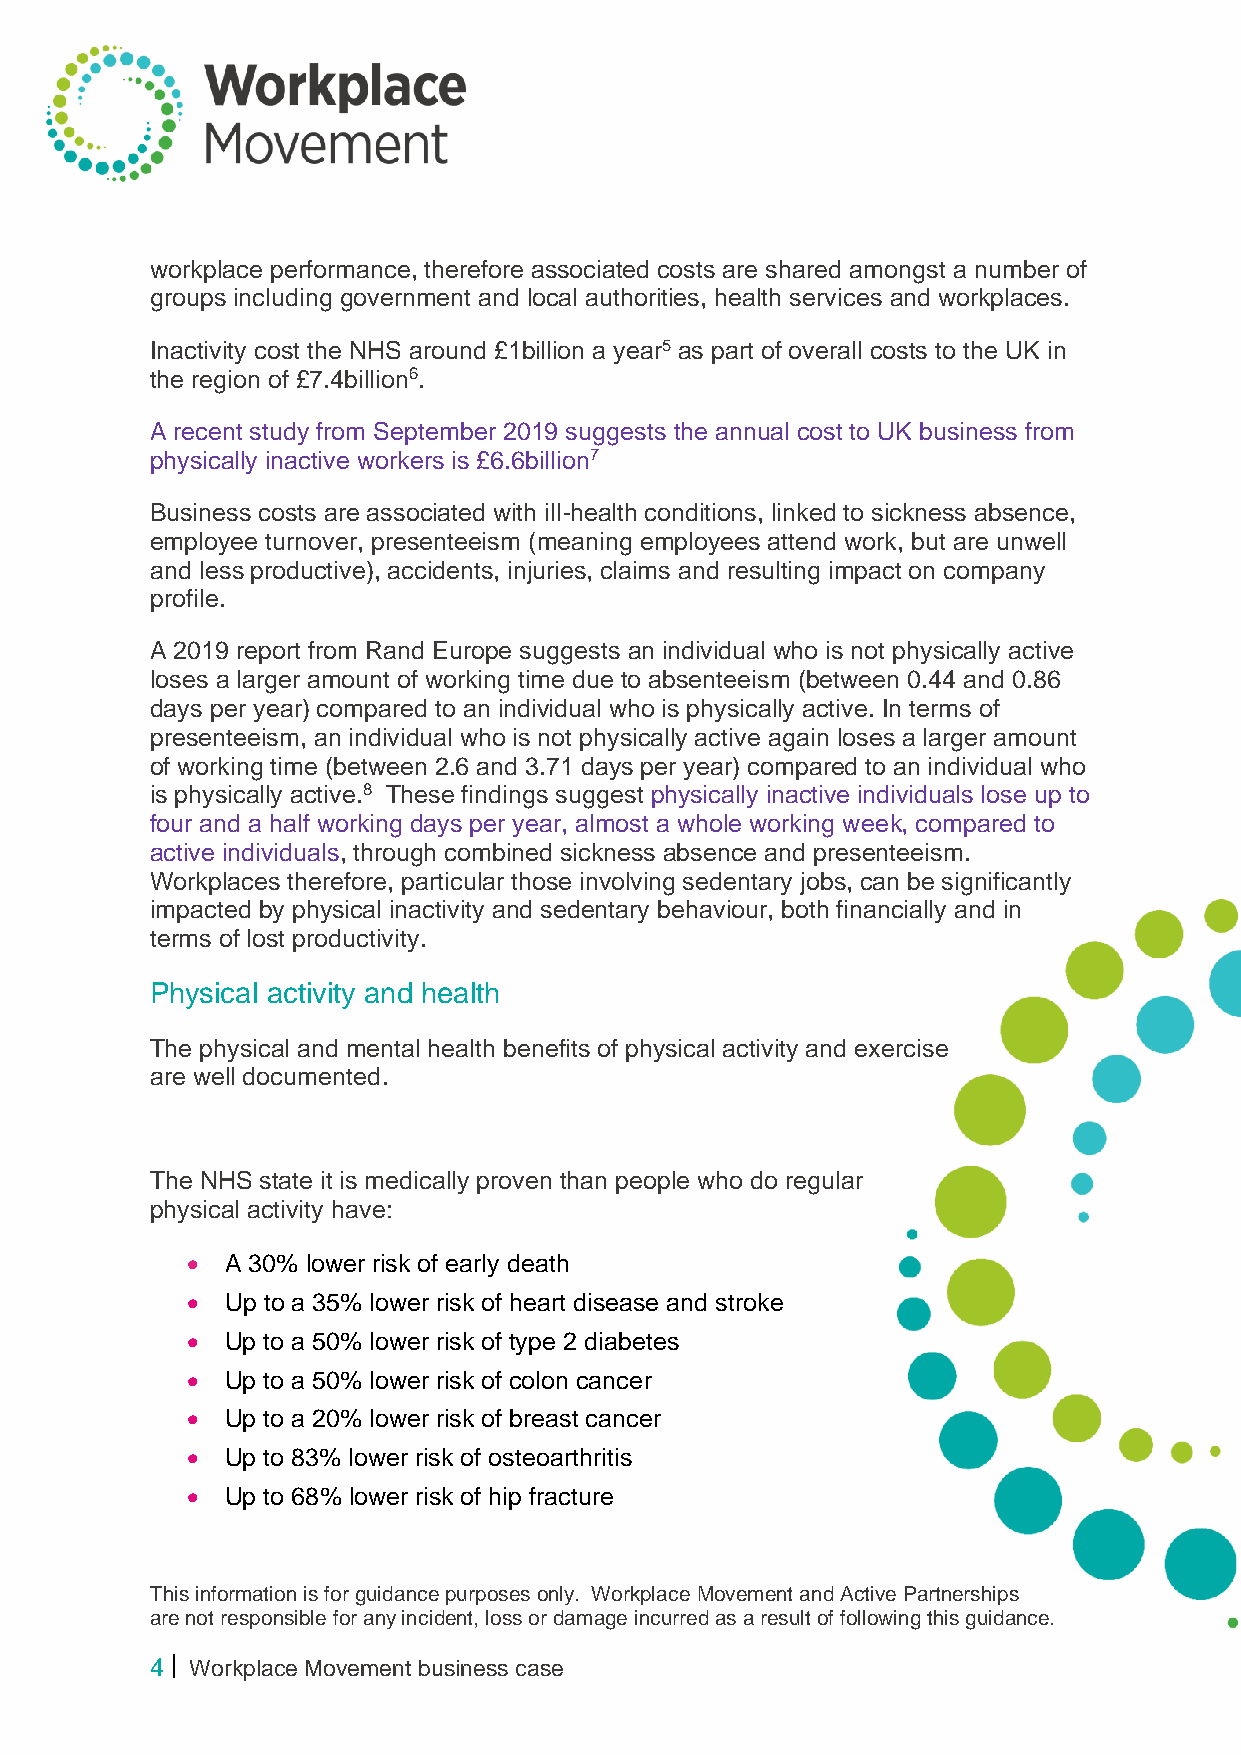
workplace performance, therefore associated costs are shared amongst a number of
 groups including government and local authorities, health services and workplaces.
 Inactivity cost the NHS around £1billion a year5 as part of overall costs to the UK in
 the region of £7.4billion6.
 A recent study from September 2019 suggests the annual cost to UK business from
 physically inactive workers is £6.6billion7
 Business costs are associated with ill-health conditions, linked to sickness absence,
 employee turnover, presenteeism (meaning employees attend work, but are unwell
 and less productive), accidents, injuries, claims and resulting impact on company
 profile.
 A 2019 report from Rand Europe suggests an individual who is not physically active
 loses a larger amount of working time due to absenteeism (between 0.44 and 0.86
 days per year) compared to an individual who is physically active. In terms of
 presenteeism, an individual who is not physically active again loses a larger amount
 of working time (between 2.6 and 3.71 days per year) compared to an individual who
 is physically active.8 These findings suggest physically inactive individuals lose up to
 four and a half working days per year, almost a whole working week, compared to
 active individuals, through combined sickness absence and presenteeism.
 Workplaces therefore, particular those involving sedentary jobs, can be significantly
 impacted by physical inactivity and sedentary behaviour, both financially and in
 terms of lost productivity.
 Physical activity and health
 The physical and mental health benefits of physical activity and exercise
 are well documented.
 The NHS state it is medically proven than people who do regular
 physical activity have:
 •  A 30% lower risk of early death
 •  Up to a 35% lower risk of heart disease and stroke
 •  Up to a 50% lower risk of type 2 diabetes
 •  Up to a 50% lower risk of colon cancer
 •  Up to a 20% lower risk of breast cancer
 •  Up to 83% lower risk of osteoarthritis
 •  Up to 68% lower risk of hip fracture
 This information is for guidance purposes only. Workplace Movement and Active Partnerships
 are not responsible for any incident, loss or damage incurred as a result of following this guidance.
 4  Workplace Movement business case